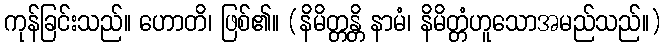
ကုန်ခြင်းသည်။ ဟောတိ၊ ဖြစ်၏။ (နိမိတ္တန္တိ နာမံ၊ နိမိတ္တံဟူသောအမည်သည်။)